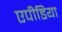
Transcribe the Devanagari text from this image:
एपीडिया